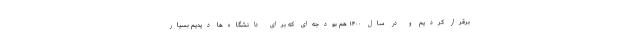
برقرار کردیم و در سال ۱۴۰۰ هم بودجه‌ای که برای دانشگاه‌ها دیدیم بسیار